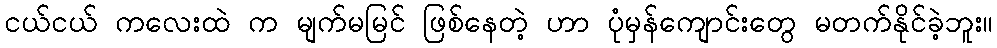
ငယ်ငယ် ကလေးထဲ က မျက်မမြင် ဖြစ်နေတဲ့ ဟာ ပုံမှန်ကျောင်းတွေ မတက်နိုင်ခဲ့ဘူး။